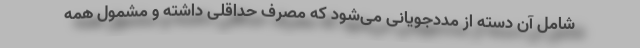
شامل آن دسته از مددجویانی می‌شود که مصرف حداقلی داشته و مشمول همه